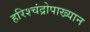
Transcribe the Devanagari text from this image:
हरिश्चंद्रोपाख्यान